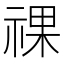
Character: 祼